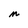
Character: m